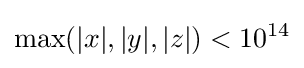
\max(|x|,|y|,|z|)<10^{14}